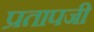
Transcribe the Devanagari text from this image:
प्रतापजी